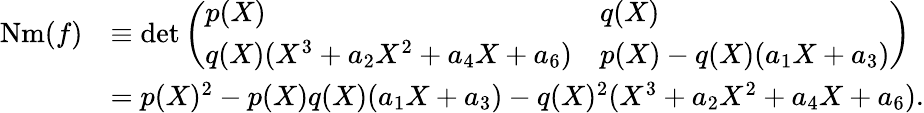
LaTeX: \begin{array}{rl}{\mathrm{Nm}(f)}&{\equiv\operatorname*{det}\left(\begin{array}{ll}{p(X)}&{q(X)}\\ {q(X)(X^{3}+a_{2}X^{2}+a_{4}X+a_{6})}&{p(X)-q(X)(a_{1}X+a_{3})}\end{array}\right)}\\ &{=p(X)^{2}-p(X)q(X)(a_{1}X+a_{3})-q(X)^{2}(X^{3}+a_{2}X^{2}+a_{4}X+a_{6}).}\end{array}